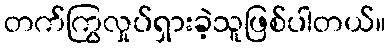
တက်ကြွလှုပ်ရှားခဲ့သူဖြစ်ပါတယ်။